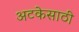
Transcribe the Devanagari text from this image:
अटकेसाठी